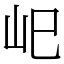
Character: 𡵆